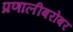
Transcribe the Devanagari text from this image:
प्रणालीबरोबर